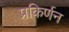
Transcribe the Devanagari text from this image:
प्रकिर्णन